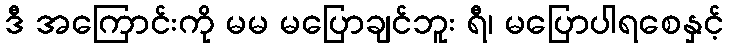
ဒီ အကြောင်းကို မမ မပြောချင်ဘူး ရီ၊ မပြောပါရစေနှင့်